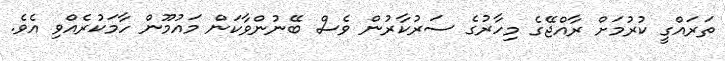
ތަރައްގީ ކުރުމަށް ރާއްޖޭގެ މިހާރުގެ ސަރުކާރުން ވެސް ބޭނުންވާކަން މައުމޫން ހާމަކުރެއްވި އެވެ.